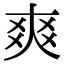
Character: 爽